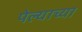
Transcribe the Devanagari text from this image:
पेल्याच्या